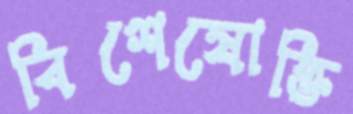
বিশেষোক্তি